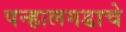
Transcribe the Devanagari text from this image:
पन्हालगडाचे